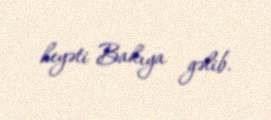
heyəti Bakıya gəlib.